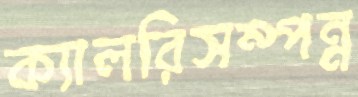
ক্যালরিসম্পন্ন